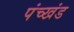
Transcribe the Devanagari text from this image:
पंच्खंड